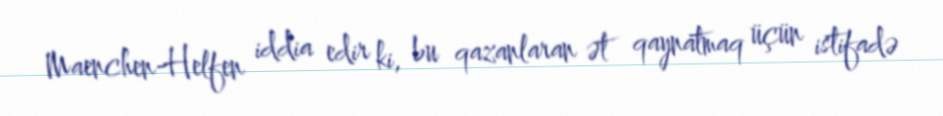
Maenchen-Helfen iddia edir ki, bu qazanlaran ət qaynatmaq üçün istifadə